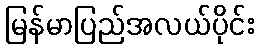
မြန်မာပြည်အလယ်ပိုင်း